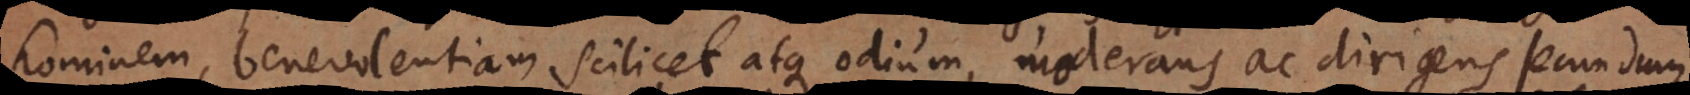
hominem, benevolentiam scilicet atque odium, moderans ac dirigens secundum